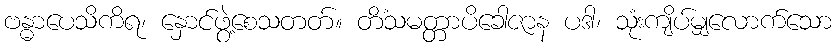
ဗန္ဓာပေသိကိရ၊ နှောင်ဖွဲ့စေသတတ်။ တိံသမတ္တာပိခေါဇာန ပဒါ၊ သုံးကျိပ်မျှလောက်သော